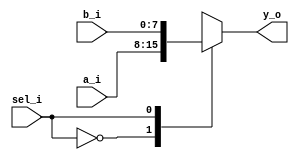
module day1 (
  input   wire [7:0]    a_i,
  input   wire [7:0]    b_i,
  input   wire          sel_i,
  output  wire [7:0]    y_o
);

  always @(a_i,b_i,y_o,sel_i) begin
    
    case(sel_i)
       2'b00 : y_o = a_i;
       2'b01:  y_o = b_i;
       default : y_o = 0;
    endcase 
    
  end    

endmodule